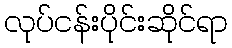
လုပ်ငန်းပိုင်းဆိုင်ရာ